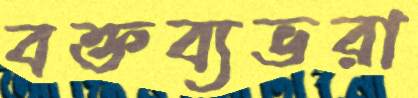
বক্তব্যভরা